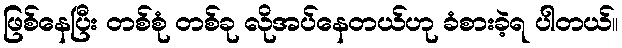
ဖြစ်နေပြီး တစ်စုံ တစ်ခု လိုအပ်နေတယ်ဟု ခံစားခဲ့ရ ပါတယ်။